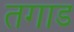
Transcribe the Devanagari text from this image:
तगाड